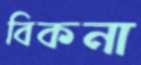
বিকনা